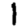
Digit: 1